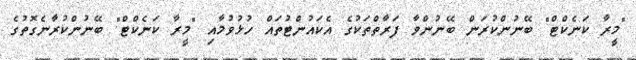
"މީރާ ކަނެކްޓް" ބޭނުންކުރަން ބޭނުންވާ ފަރާތްތަކުގެ އެކައުންޓުތައް ހުޅުވުމާއި "މީރާ ކަނެކްޓް" ބޭނުންކުރާނެގޮތުގެ